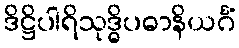
ဒိဋ္ဌိပါရိသုဒ္ဓိပဓာနိယင်္ဂံ